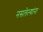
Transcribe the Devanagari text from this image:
नसलेल्यांना